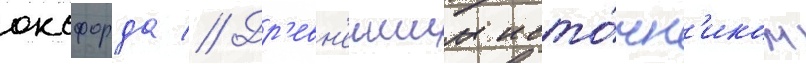
оксфорда // Др'евн'еишим исто́чн'иком